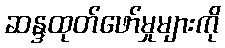
ဆန္ဒထုတ်ဖော်မှုများကို